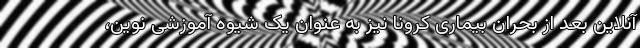
آنلاین بعد از بحران بیماری کرونا نیز به عنوان یک شیوه آموزشی نوین،